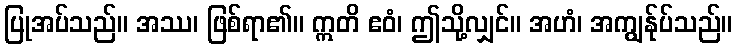
ပြုအပ်သည်။ အဿ၊ ဖြစ်ရာ၏။ ဣတိ ဧဝံ၊ ဤသို့လျှင်။ အဟံ၊ အကျွန်ုပ်သည်။